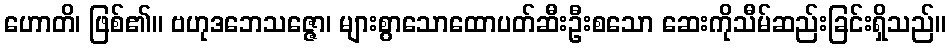
ဟောတိ၊ ဖြစ်၏။ ဗဟုဒဘေသဇ္ဇော၊ များစွာသောထောပတ်ဆီးဦးစသော ဆေးကိုသီမ်ဆည်းခြင်းရှိသည်။